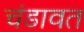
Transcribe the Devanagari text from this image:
चंडावत